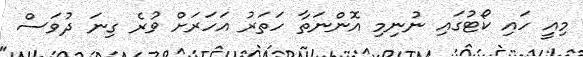
މިއީ ހައި ކޯޓުގައި ނުނިމި އޮންނަތާ ހަތަރު އަހަރަށް ވުރެ ގިނަ ދުވަސް